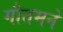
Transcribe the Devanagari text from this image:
गौतमने